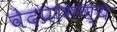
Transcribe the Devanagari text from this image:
वेदप्रामण्य